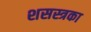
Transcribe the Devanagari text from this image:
शसस्त्रका